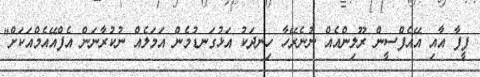
ފީފާ އާއި އޭއެފްސީން ރޫލިންއެއް ނުނެރޭހާ ހިނދަކު އަޅުގަނޑުމެން އަމަލެއް ނުކުރާނަން އެފްއޭއެމްއަކަށް"